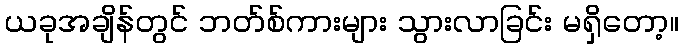
ယခုအချိန်တွင် ဘတ်စ်ကားများ သွားလာခြင်း မရှိတော့။